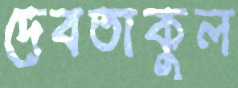
দেবতাকুল